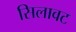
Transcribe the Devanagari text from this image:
सिलावट